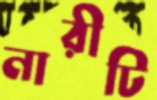
নারীটি